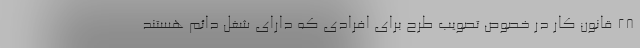
۲۸ قانون کار در خصوص تصویب طرح برای افرادی که دارای شغل دائم هستند